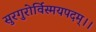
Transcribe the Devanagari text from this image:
सुरगुरोर्विस्मयपदम्।।